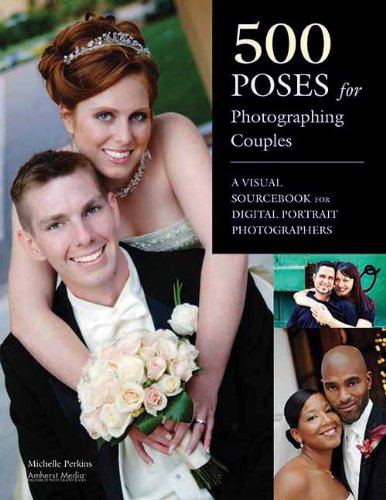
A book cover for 500 Poses for Photographing Couples: A Visual Sourcebook for Digital Portrait Photographers; Michelle Perkins; Arts & Photography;